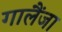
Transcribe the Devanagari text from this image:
गालैंजा